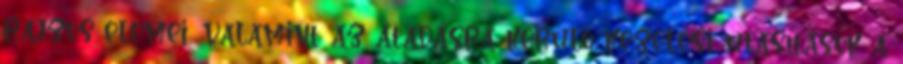
rajzos elemei, valamint az átadásra kerülõ kezelési utasítások a